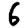
Digit: 6